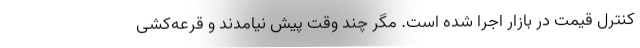
کنترل قیمت در بازار اجرا شده است. مگر چند وقت پیش نیامدند و قرعه‌کشی